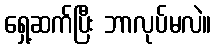
ရှေ့ဆက်ပြီး ဘာလုပ်မလဲ။